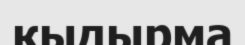
қыдырма